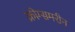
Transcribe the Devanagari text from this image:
क्रीग्समरीन